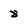
Character: 8